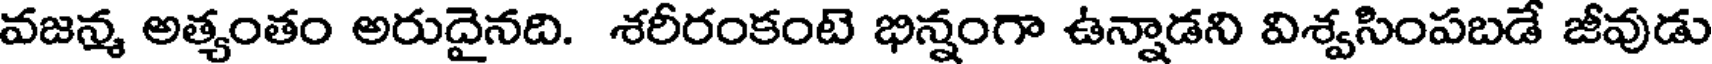
వజన్మ అత్యంతం అరుదైనది. శరీరంకంటె భిన్నంగా ఉన్నాడని విశ్వసింపబడే జీవుడు